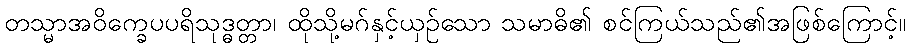
တသ္မာအဝိက္ခေပပရိသုဒ္ဓတ္တာ၊ ထိုသို့မဂ်နှင့်ယှဉ်သော သမာဓိ၏ စင်ကြယ်သည်၏အဖြစ်ကြောင့်။